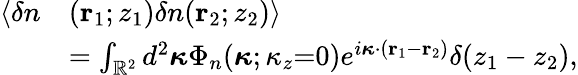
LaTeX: \begin{array}{rl}{\langle\delta n}&{(\mathbf{r}_{1};z_{1})\delta n(\mathbf{r}_{2};z_{2})\rangle}\\ &{=\int_{\mathbb{R}^{2}}d^{2}\boldsymbol{\kappa}\Phi_{n}(\boldsymbol{\kappa};\kappa_{z}{=}0)e^{i\boldsymbol{\kappa}\cdot(\mathbf{r}_{1}-\mathbf{r}_{2})}\delta(z_{1}-z_{2}),}\end{array}